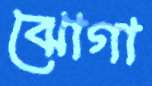
ঝোগা